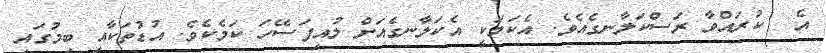
އެ  ކުރައްވާ ރަސްކަލާނގެއެވެ. އެކަމަކީ އެކަލާނގެއަށް ލުއިފަސޭހަ ކަމެކެވެ. އުޑުތަކާއި ބިމުގައި